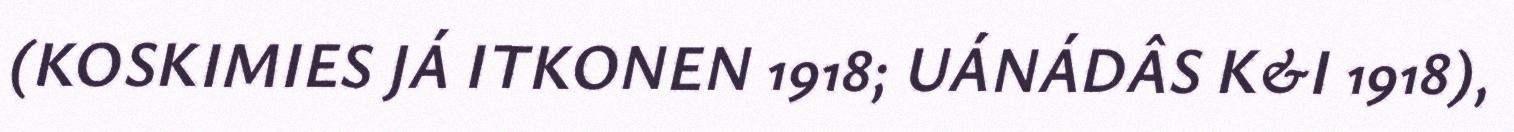
(KOSKIMIES JÁ ITKONEN 1918; UÁNÁDÂS K&I 1918),